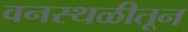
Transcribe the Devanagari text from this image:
वनस्थळीतून